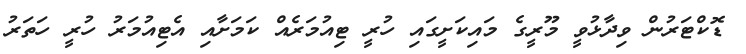
ޑޮކްޓަރުން ވިދާޅުވީ މޫރީގެ މައިކަށީގައި ހުރީ ޓިއުމަރެއް ކަމަށާއި އެޓިއުމަރު ހުރީ ހަތަރު